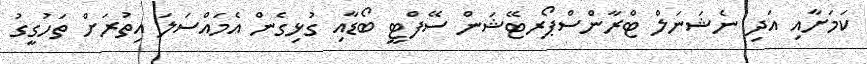
ކަމަށާއި އަދި ނެޝަނަލް ޓްރާންސްޕޯރޓޭޝަން ސޭފްޓީ ބޯޑާއި ގުޅިގެން އެމައްސަލަ އިތުރަށް ތަހުގީގު